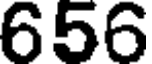
656